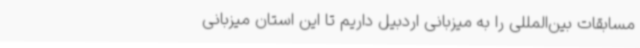
مسابقات بین‌المللی را به میزبانی اردبیل داریم تا این استان میزبانی